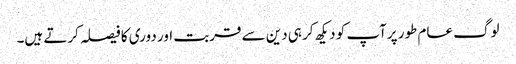
لوگ عام طور پرآپ کو دیکھ کر ہی دین سے قربت اور دوری کا فیصلہ کرتے ہیں۔